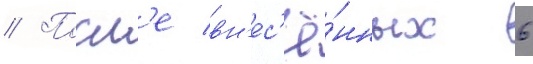
// Посл'е вн'ес'ё́нных 6